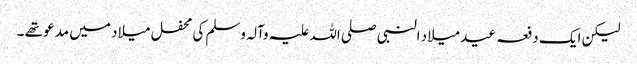
لیکن ایک دفعہ عید میلاد النبی صلی اللہ علیہ وآلہ وسلم کی محفل میلاد میں مدعو تھے ۔